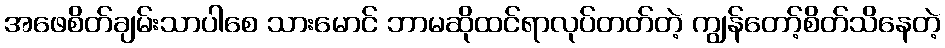
အဖေစိတ်ချမ်းသာပါစေ သားမောင် ဘာမဆိုထင်ရာလုပ်တတ်တဲ့ ကျွန်တော့်စိတ်သိနေတဲ့